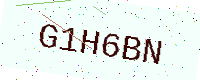
Text: G1H6BN